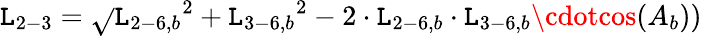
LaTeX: {\mathtt{L}_{2-3}}=\sqrt{}{{{\mathtt{L}_{2-6,b}}^{2}+{\mathtt{L}_{3-6,b}}^{2}-2\cdot{\mathtt{L}_{2-6,b}}\cdot{\mathtt{L}_{3-6,b}}\cdotcos({A_{b}}))}}